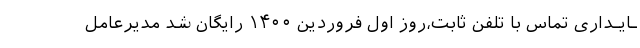
ـایـداری تماس با تلفن ثابت،روز اول فروردین ۱۴۰۰ رایگان شد مدیرعامل